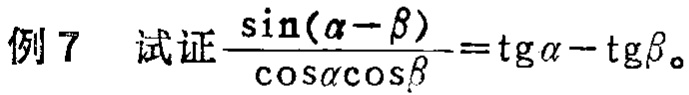
例 7  试证$\frac{\sin(\alpha - \beta)}{\cos\alpha\cos\beta}=\mathrm{tg}\alpha - \mathrm{tg}\beta$。